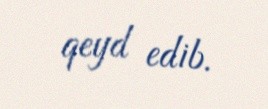
qeyd edib.